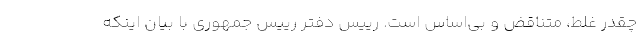
چقدر غلط، متناقض و بی‌اساس است. رییس دفتر رییس جمهوری با بیان اینکه